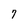
Character: 7